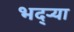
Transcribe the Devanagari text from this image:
भद्‌ऱ्या